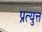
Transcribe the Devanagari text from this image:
प्रत्युत्त